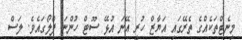
މިނެޓްތަކެއްގެ ތެރޭގައި އަޔާޒް ހުރީ އޭނަ އުޅޭ ސޫޓް ހުންނަ ފްލޯގައެވެ. ލަސް